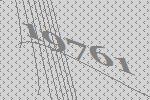
19761